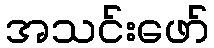
အသင်းဖော်